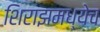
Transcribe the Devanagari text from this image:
शिराझमध्येच